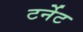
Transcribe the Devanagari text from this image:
टर्नेट